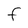
Character: F